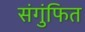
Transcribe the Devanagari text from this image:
संगुंफित